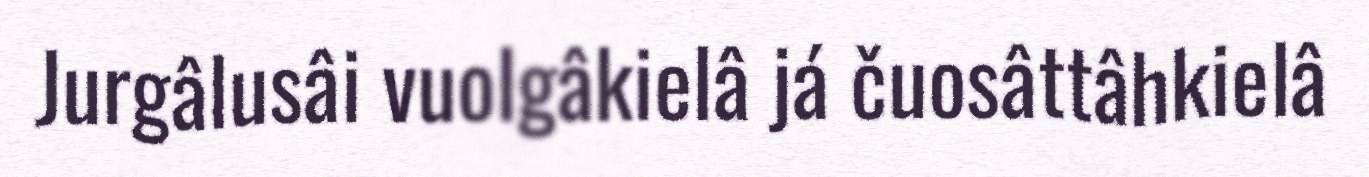
Jurgâlusâi vuolgâkielâ já čuosâttâhkielâ